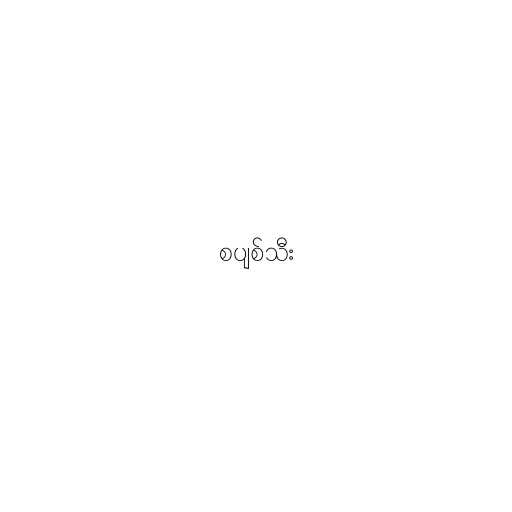
စပျစ်သီး